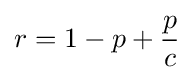
r=1-p+{\frac {p}{c}}